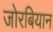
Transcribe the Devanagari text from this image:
जोरबियान